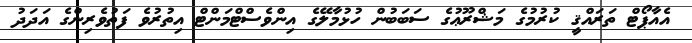
އެއާޕޯޓް ތަރައްޤީ ކުރުމުގެ މަޝްރޫޢުގެ ސަބަބުން ހުޅުމާލޭގެ އިންވެސްޓްމަންޓް އިތުރުވެ ފަތުވެރިންގެ އަދަދު